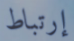
إرتباط